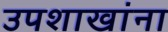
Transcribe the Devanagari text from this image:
उपशाखांना